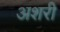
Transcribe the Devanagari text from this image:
अशरी